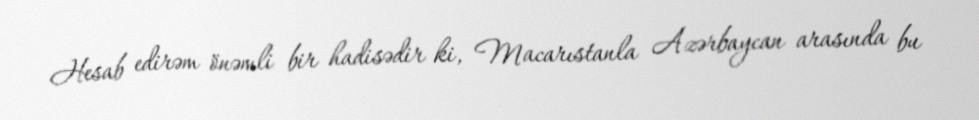
Hesab edirəm önəmli bir hadisədir ki, Macarıstanla Azərbaycan arasında bu